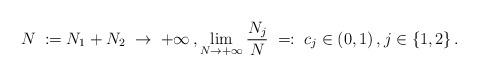
LaTeX: \begin{align*} N\;:=N_1+N_2\;\to\;+\infty\,,\lim_{N\to +\infty}\frac{N_j}{N}\;=:\;c_j\in(0,1)\,,j\in\{1,2\}\,.\end{align*}